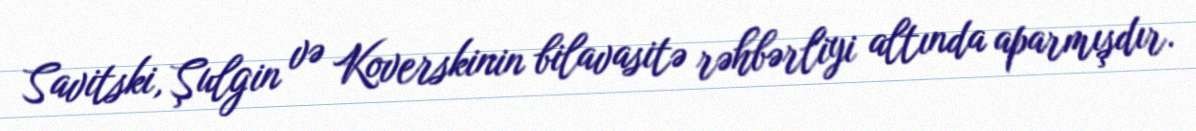
Savitski, Şulgin və Koverskinin bilavasitə rəhbərliyi altında aparmışdır.